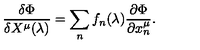
{ \frac { \delta \Phi } { \delta X ^ { \mu } ( \lambda ) } } = \sum _ { n } f _ { n } ( \lambda ) { \frac { \partial \Phi } { \partial x _ { n } ^ { \mu } } } .